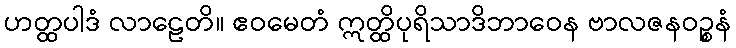
ဟတ္ထပါဒံ လာဠေတိ။ ဧဝမေတံ ဣတ္ထိပုရိသာဒိဘာဝေန ဗာလဇနဝဉ္စနံ